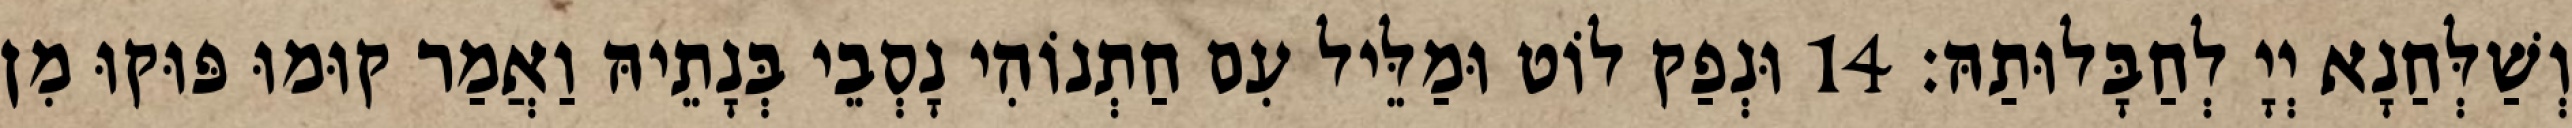
וְשַׁלְּחַנָא יְיָ לְחַבָּלוּתַהּ׃ 14 וּנְפַק לוֹט וּמַלֵּיל עִם חַתְנוֹהִי נָסְבֵי בְּנָתֵיהּ וַאֲמַר קוּמוּ פּוּקוּ מִן